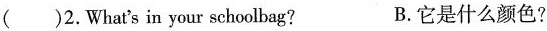
()2.What's in your schoolbag? B.它是什么颜色?